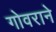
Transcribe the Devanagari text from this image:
गोवराने